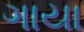
ગાયા